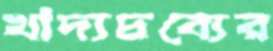
খাদ্যদ্রব্যের